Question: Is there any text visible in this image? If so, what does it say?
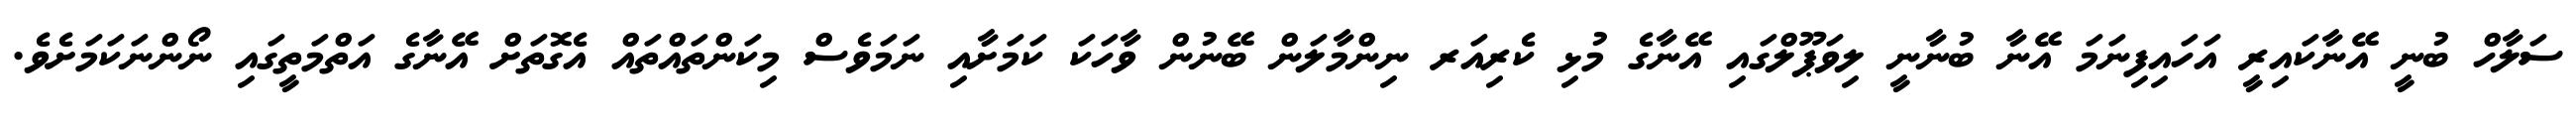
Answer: ސަލާހް ބުނީ އޭނާކައިރީ އަހައިފިނަމަ އޭނާ ބުނާނީ ލިވަޕޫލްގައި އޭނާގެ މުޅި ކެރިއަރ ނިންމާލަން ބޭނުން ވާހަކަ ކަމަށާއި ނަމަވެސް މިކަންތައްތައް އެގޮތަށް އޭނާގެ އަތްމަތީގައި ނޯންނަކަމަށެވެ.